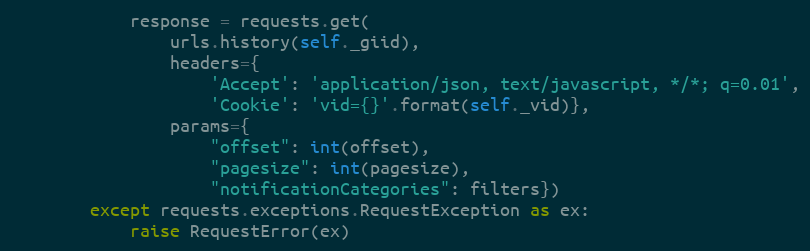
Language: Python
            response = requests.get(
                urls.history(self._giid),
                headers={
                    'Accept': 'application/json, text/javascript, */*; q=0.01',
                    'Cookie': 'vid={}'.format(self._vid)},
                params={
                    "offset": int(offset),
                    "pagesize": int(pagesize),
                    "notificationCategories": filters})
        except requests.exceptions.RequestException as ex:
            raise RequestError(ex)